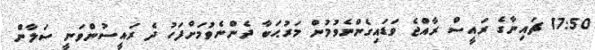
17:50 ޗައިނާގެ ރައީސް ރާއްޖެ ވަޑައިގެންނެވުމުން މަރުޙަބާ ދެންނެވުމަށްފަހު ދެ ރައީސުންވަނީ ސަލާން